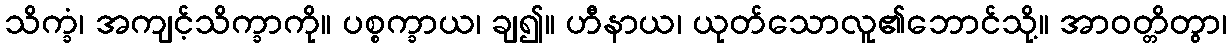
သိက္ခံ၊ အကျင့်သိက္ခာကို။ ပစ္စက္ခာယ၊ ချ၍။ ဟီနာယ၊ ယုတ်သောလူ၏ဘောင်သို့။ အာဝတ္တိတွာ၊